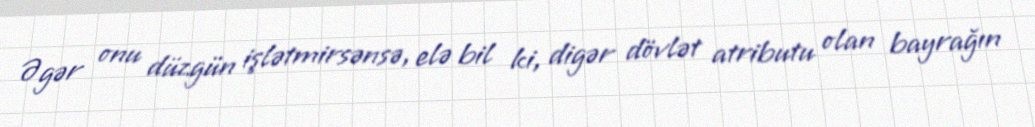
Əgər onu düzgün işlətmirsənsə, elə bil ki, digər dövlət atributu olan bayrağın